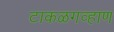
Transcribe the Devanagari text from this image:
टाकळगव्हाण